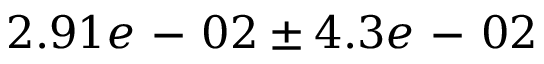
2 . 9 1 e \mathrm { ~ - ~ } 0 2 \pm 4 . 3 e \mathrm { ~ - ~ } 0 2